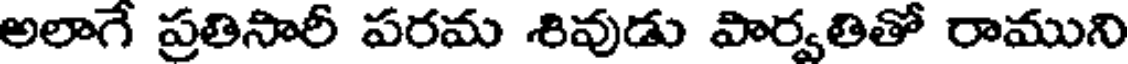
అలాగే ప్రతిసారీ పరమ శివుడు పార్వతితో రాముని